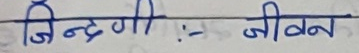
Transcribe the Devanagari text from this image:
जिन्दगी : जीवन